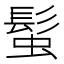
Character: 𩭃